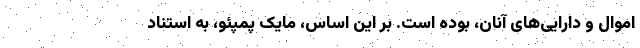
اموال و دارایی‌های آنان، بوده است. بر این اساس، مایک پمپئو، به استناد